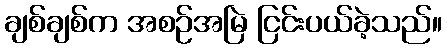
ချစ်ချစ်က အစဉ်အမြဲ ငြင်းပယ်ခဲ့သည်။